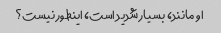
او مانند، بسیار شدید است، اینطور نیست؟